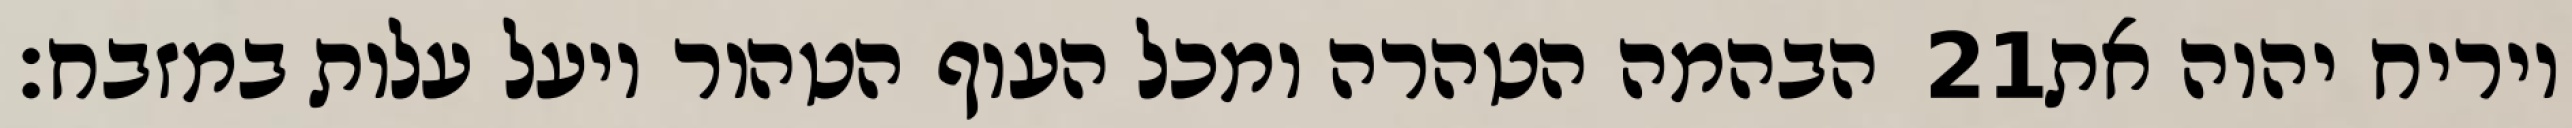
הבהמה הטהרה ומכל העוף הטהור ויעל עלות במזבח׃ ‎21‏ ויריח יהוה את